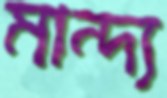
মান্দ্য